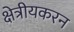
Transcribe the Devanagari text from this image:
क्षेत्रीयकरन